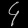
Digit: ၄